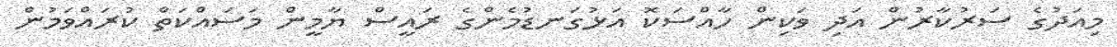
މިއަދުގެ ސަރުކާރުން އަދި ވަކިން ހާއްސަކޮ އަޅުގަނޑުމެންގެ ރައީސް ޔާމީން މަސައްކަތް ކުރައްވަމުން